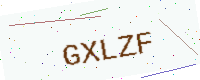
Text: GXLZF